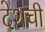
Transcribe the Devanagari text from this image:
देशची